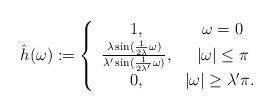
LaTeX: \begin{align*} \hat{h}(\omega):= \left\{\begin{array}{ccc} 1, & ~ \omega =0\\\frac{\lambda\sin(\frac{1}{2\lambda}\omega)}{\lambda' \sin(\frac{1}{2\lambda'}\omega)}, & ~|\omega|\leq \pi \\ 0, & |\omega|\geq \lambda'\pi.\end{array}\right. \end{align*}